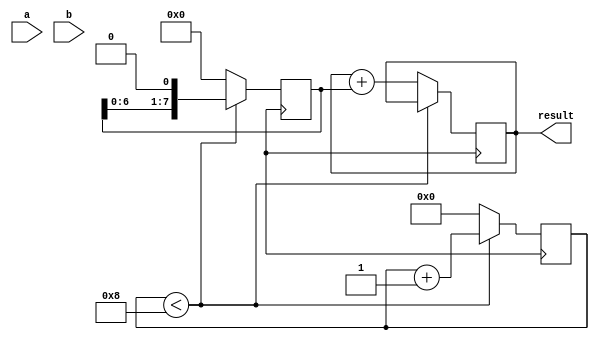
module shift_add_multiplier(
  input wire [7:0] a,
  input wire [7:0] b,
  output reg [15:0] result
);

reg [7:0] partial_product;
reg [3:0] shift_count;

always @(posedge clk) begin
  // shift-and-add algorithm
  if (shift_count < 8) begin
    partial_product <= {partial_product[6:0], 1'b0}; // shift left by 1
    shift_count <= shift_count + 1;
  end else begin
    result <= result + partial_product;
    partial_product <= 8'b0;
    shift_count <= 0;
  end
end

endmodule